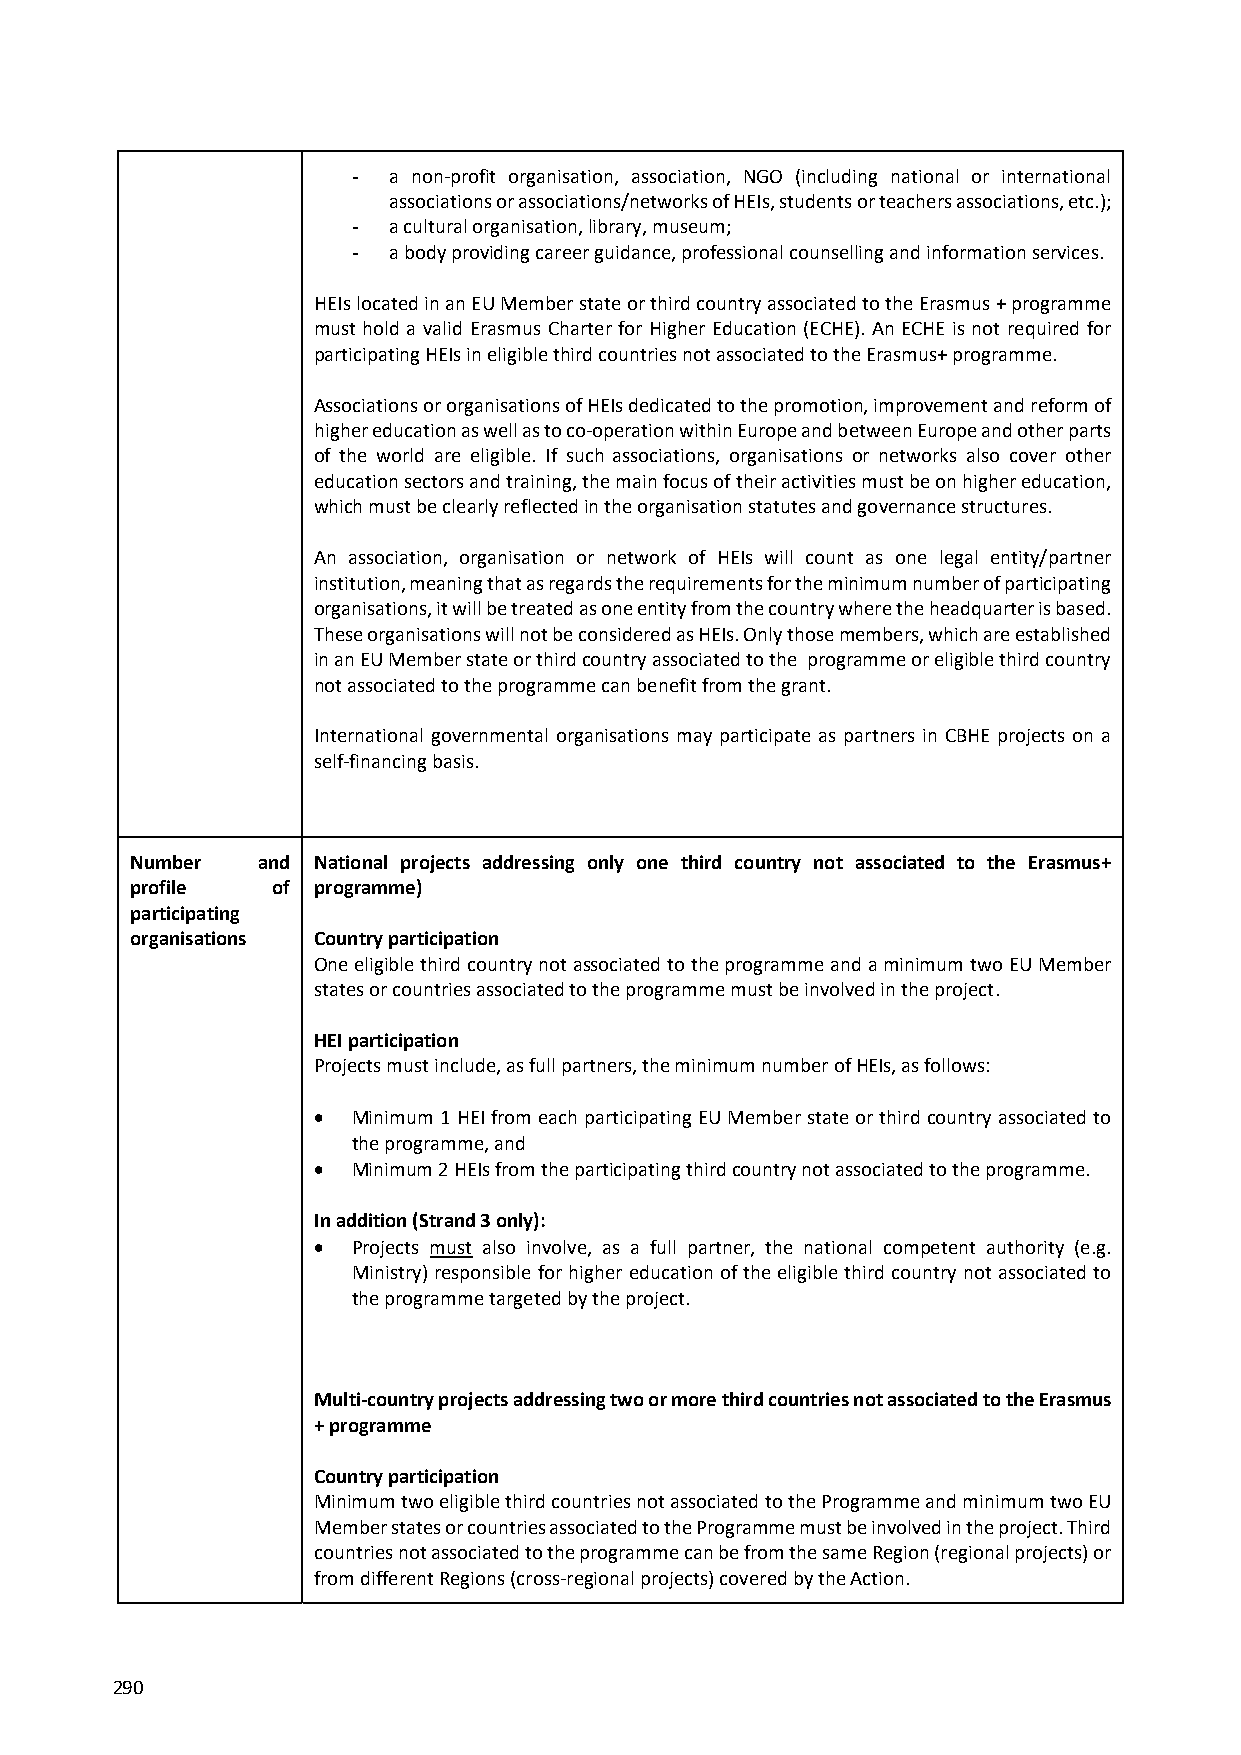
-  a non‐profit organisation, association, NGO (including national or international
 associations or associations/networks of HEIs, students or teachers associations, etc.);
 -  a cultural organisation, library, museum;
 -  a body providing career guidance, professional counselling and information services.
 HEIs located in an EU Member state or third country associated to the Erasmus + programme
 must hold a valid Erasmus Charter for Higher Education (ECHE). An ECHE is not required for
 participating HEIs in eligible third countries not associated to the Erasmus+ programme.
 Associations or organisations of HEIs dedicated to the promotion, improvement and reform of
 higher education as well as to co‐operation within Europe and between Europe and other parts
 of the world are eligible. If such associations, organisations or networks also cover other
 education sectors and training, the main focus of their activities must be on higher education,
 which must be clearly reflected in the organisation statutes and governance structures.
 An association, organisation or network of HEIs will count as one legal entity/partner
 institution, meaning that as regards the requirements for the minimum number of participating
 organisations, it will be treated as one entity from the country where the headquarter is based.
 These organisations will not be considered as HEIs. Only those members, which are established
 in an EU Member state or third country associated to the programme or eligible third country
 not associated to the programme can benefit from the grant.
 International governmental organisations may participate as partners in CBHE projects on a
 self‐financing basis.
 Number  and National projects addressing only one third country not associated to the Erasmus+
 profile  of programme)
 participating
 organisations Country participation
 One eligible third country not associated to the programme and a minimum two EU Member
 states or countries associated to the programme must be involved in the project.
 HEI participation
 Projects must include, as full partners, the minimum number of HEIs, as follows:
  Minimum 1 HEI from each participating EU Member state or third country associated to
 the programme, and
  Minimum 2 HEIs from the participating third country not associated to the programme.
 In addition (Strand 3 only):
  Projects must also involve, as a full partner, the national competent authority (e.g.
 Ministry) responsible for higher education of the eligible third country not associated to
 the programme targeted by the project.
 Multi‐country projects addressing two or more third countries not associated to the Erasmus
 + programme
 Country participation
 Minimum two eligible third countries not associated to the Programme and minimum two EU
 Member states or countries associated to the Programme must be involved in the project. Third
 countries not associated to the programme can be from the same Region (regional projects) or
 from different Regions (cross‐regional projects) covered by the Action.
 290